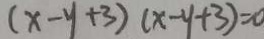
( x - y + 3 ) ( x - y + 3 ) = 0